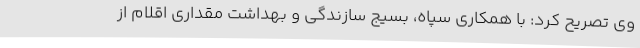
وی تصریح کرد: با همکاری سپاه، بسیج سازندگی و بهداشت مقداری اقلام از